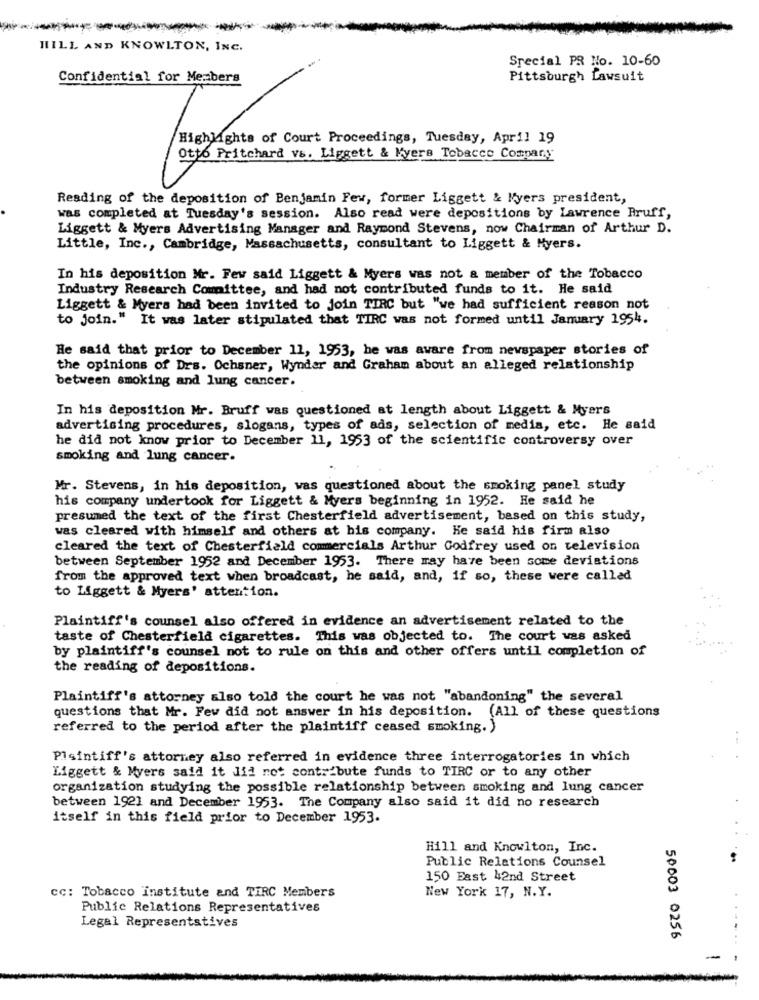
HILL AND KNOWLTON, INC.
Special PR No. 10-60
Confidential for Members
Pittsburgh Lawsuit
Highlights of Court Proceedings, Tuesday, April 19
Ott6 Pritchard vs. Liggett & Kyers Tobacco Company
Reading of the deposition of Benjamin Few, former Liggett & Myers president,
was completed at Tuesday's session. Also read were depositions by Lawrence Bruff,
Liggett & Myers Advertising Manager and Raymond Stevens, now Chairman of Arthur D.
Little, Inc ., Cambridge, Massachusetts, consultant to Liggett & Myers.
In his deposition Mr. Few said Liggett & Myers was not a member of the Tobacco
Industry Research Committee, and had not contributed funds to it. He said
Liggett & Myers had been invited to join TIRC but "we had sufficient reason not
to join." It was later stipulated that TIRC was not formed until January 1954.
He said that prior to December 11, 1953, he was aware from newspaper stories of
the opinions of Drs. Ochsner, Wynder and Graham about an alleged relationship
between smoking and lung cancer.
In his deposition Mr. Bruff was questioned at length about Liggett & Myers
advertising procedures, slogans, types of ads, selection of media, etc. He said
he did not know prior to December 11, 1953 of the scientific controversy over
smoking and lung cancer.
Mr. Stevens, in his deposition, was questioned about the smoking panel study
his company undertook for Liggett & Myers beginning in 1952. He said he
presumed the text of the first Chesterfield advertisement, based on this study,
was cleared with himself and others at his company. He said his firm also
cleared the text of Chesterfield commercials Arthur Godfrey used on television
between September 1952 and December 1953. There may have been some devistions
from the approved text when broadcast, he said, and, if so, these were called
to Liggett & Myers' attention.
Plaintiff's counsel also offered in evidence an advertisement related to the
taste of Chesterfield cigarettes. This was objected to. The court was asked
by plaintiff's counsel not to rule on this and other offers until completion of
the reading of depositions.
Plaintiff's attorney also told the court he was not "abandoning" the several
questions that Mr. Few did not answer in his deposition. (All of these questions
referred to the period after the plaintiff ceased smoking.)
Plaintiff's attorney also referred in evidence three interrogatories in which
Liggett & Myers said it did not contribute funds to TIRC or to any other
organization studying the possible relationship between smoking and lung cancer
between 1921 and December 1953. The Company also said it did no research
itself in this field prior to December 1953.
Hill and Knowlton, Inc.
Public Relations Counsel
150 East 42nd Street
New York 17, N.Y.
cc: Tobacco Institute and TIRC Members
Public Relations Representatives
Legal Representatives
50003 0256
-